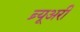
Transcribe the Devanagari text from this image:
ब्र्यूअरी